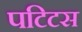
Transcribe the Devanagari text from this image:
पटिटस